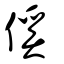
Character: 傒